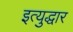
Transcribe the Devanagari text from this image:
इत्युद्धार